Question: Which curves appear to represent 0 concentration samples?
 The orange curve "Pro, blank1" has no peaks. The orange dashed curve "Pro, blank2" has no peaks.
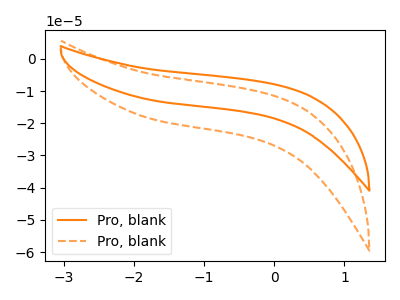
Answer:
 <answer>"Pro, blank1" and "Pro, blank2" are likely to be blanks.</answer>
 <eval>"Pro, blank1", "Pro, blank2"</eval>